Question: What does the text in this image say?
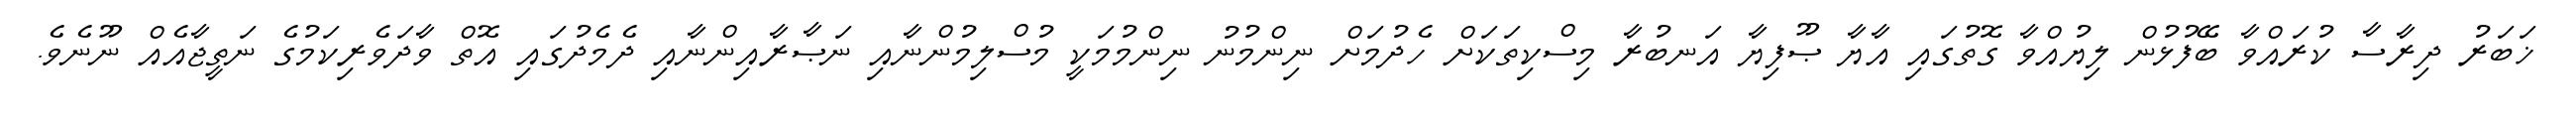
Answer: ޚަބަރު ދިރާސާ ކުރައްވާ ބޭފުޅުން ލިޔުއްވާ ގޮތުގައި އާޔާ ޞޫފިޔާ އަނބުރާ މިސްކިތަކަށް ހެދުމަށް ނިންމުނު ނިންމުމަކީ މުސްލިމުންނާއި ނަޞާރާއިންނާއި ދެމެދުގައި އޮތް ވާދަވެރިކަމުގެ ނަތީޖާއެއް ނޫނެވެ.